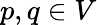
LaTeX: p,q\in V